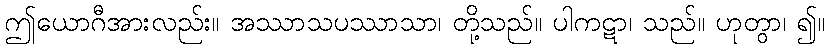
ဤယောဂီအားလည်း။ အဿာသပဿာသာ၊ တို့သည်။ ပါကဋာ၊ သည်။ ဟုတွာ၊ ၍။